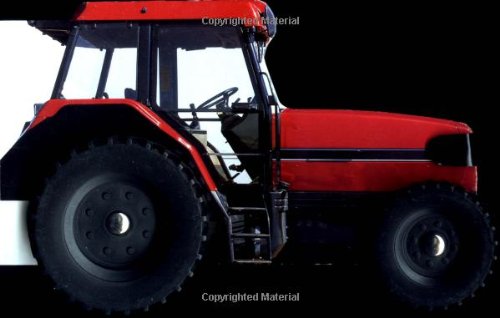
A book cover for Wheelie Board Books: Tractor; DK; Children's Books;